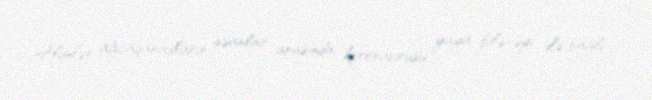
Alimlər ağcaqanadların insanlar arasında koronavirusu yaya biləcəyi ilə bağlı